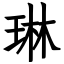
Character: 琳